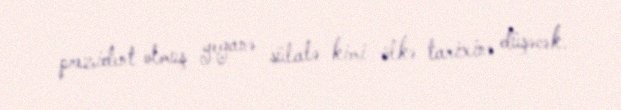
prezident olmuş yeganə sülalə kimi ölkə tarixinə düşəcək.